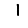
Digit: 1